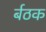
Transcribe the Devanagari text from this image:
र्बठक